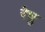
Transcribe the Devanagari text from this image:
रेघु